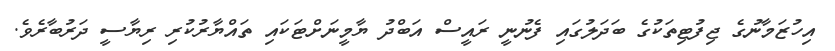
އިހުޒަމާނުގެ ޖިފުޓިތަކުގެ ބަދަލުގައި ފެނުނީ ރައީސް އަބްދު ޔާމީނަށްޓަކައި ތައްޔާރުކުރި ރިޔާސީ ދަރުބާރެވެ.